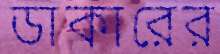
ডাকারের